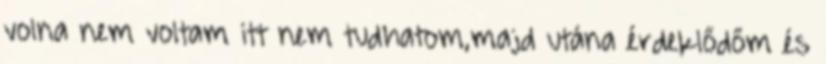
volna nem voltam itt nem tudhatom,majd utána érdeklődőm és